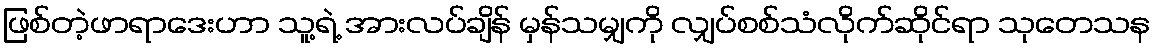
ဖြစ်တဲ့ဖာရာဒေးဟာ သူ့ရဲ့ အားလပ်ချိန် မှန်သမျှကို လျှပ်စစ်သံလိုက်ဆိုင်ရာ သုတေသန